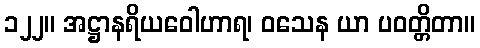
၁၂၂။ အဋ္ဌာနရိယဝေါဟာရ၊ ဝသေန ယာ ပဝတ္တိတာ။